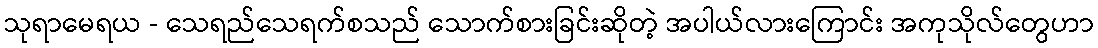
သုရာမေရယ - သေရည်သေရက်စသည် သောက်စားခြင်းဆိုတဲ့ အပါယ်လားကြောင်း အကုသိုလ်တွေဟာ